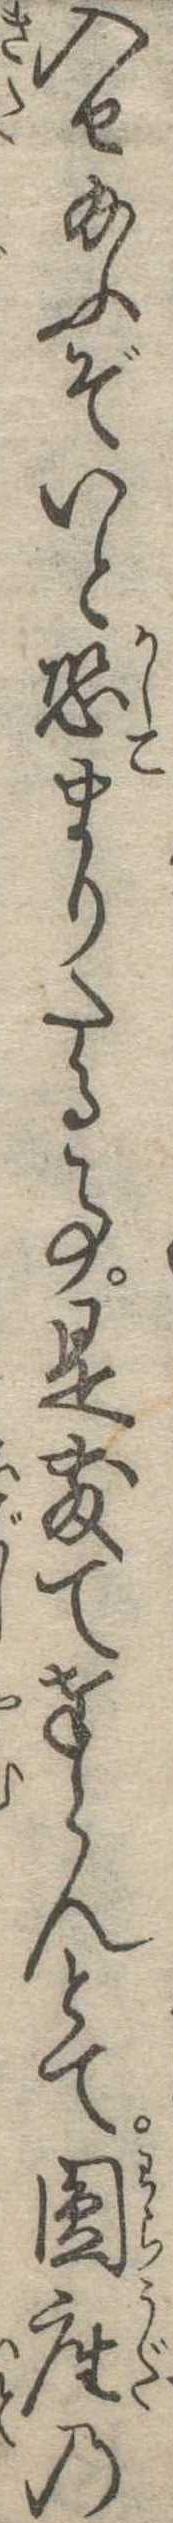
入せ給ふぞいと恐まりたる事是敷て奉らんとて円座の